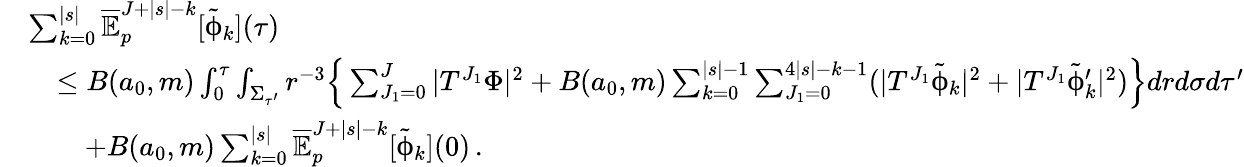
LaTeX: \begin{array}{rl}&{\sum_{k=0}^{|s|}\overline{{\mathbb{E}}}_{p}^{J+|s|-k}[{\tilde{\upphi}}_{k}](\tau)}\\ &{\quad\leq B(a_{0},m)\int_{0}^{\tau}\int_{\Sigma_{\tau^{\prime}}}r^{-3}\Big\{ \sum_{J_{1}=0}^{J}|T^{J_{1}}\Phi|^{2}+B(a_{0},m)\sum_{k=0}^{|s|-1}\sum_{J_{1}=0}^{4|s|-k-1}(|T^{J_{1}}\tilde{\upphi}_{k}|^{2}+|T^{J_{1}}\tilde{\upphi}_{k}^{\prime}|^{2})\Big\} drd\sigma d\tau^{\prime}}\\ &{\quad\quad+B(a_{0},m)\sum_{k=0}^{|s|}\overline{{\mathbb{E}}}_{p}^{J+|s|-k}[{\tilde{\upphi}}_{k}](0)\, .}\end{array}